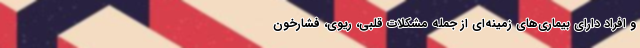
و افراد دارای بیماری‌های زمینه‌ای از جمله مشکلات قلبی، ریوی، فشارخون